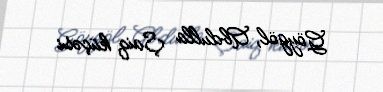
Göygöl, Abdulla Şaiq küçəsi